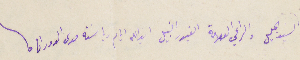
ايها السَيد الجليل والراعي العلامة الغيور النبيل ايد الله ايام رياسَته مدى الدوران